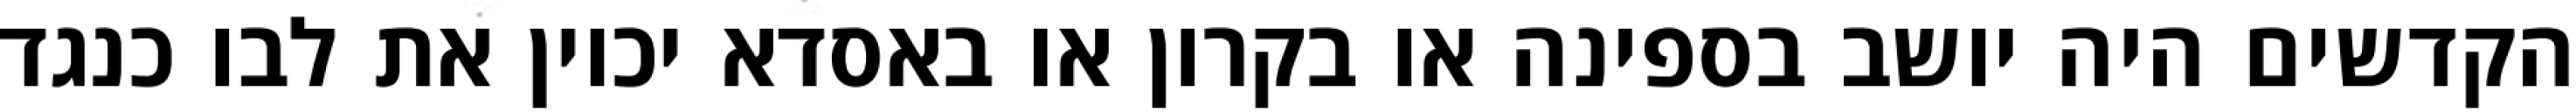
הקדשים היה יושב בספינה או בקרון או באסדא יכוין את לבו כנגד